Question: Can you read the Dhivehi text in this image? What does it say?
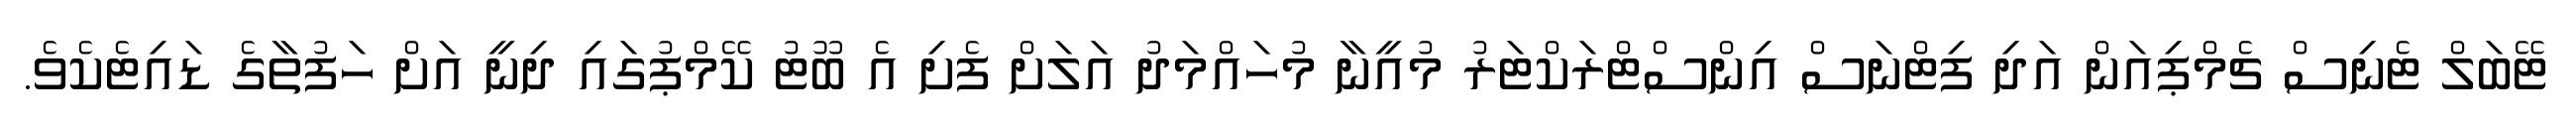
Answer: ޓޭބަލް ޓެނިސް ޗެމްޕިއަން އަދި ފިޓްނަސް އިންސްޓްރަކްޓަރު މުއީނާ މުހައްމަދު އަލަށް ފެށި އެ ބޫޓު ކޭމްޕުގައި ދިނީ އަށް ހަފުތާގެ ޑައިޓެކެވެ.